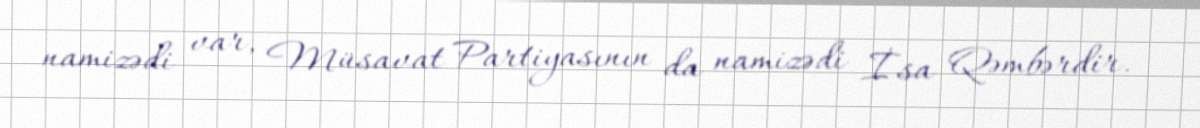
namizədi var, Müsavat Partiyasının da namizədi İsa Qəmbərdir.